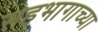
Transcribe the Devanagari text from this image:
सहभागाच्या